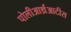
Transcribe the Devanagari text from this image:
पोलीआर्थ्रआटीस